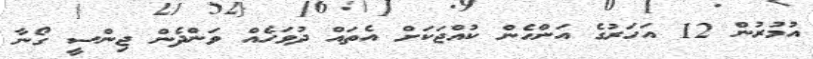
އުމުރުން 12 އަހަރުގެ އަންހެން ކުއްޖަކަށް އެތައް ދުވަހެއް ވަންދެން ޖިންސީ ގޯނާ